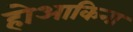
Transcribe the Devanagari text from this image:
होआकिना